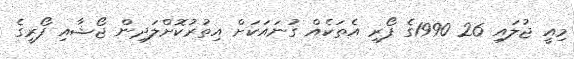
މިއީ ޖުލައި 26 1990ގެ ފޯރި އެތަކެއް ގުނައަކަށް އިތުރުކޮށްލަދިން ޖޯޝާއި ފޯރީގެ